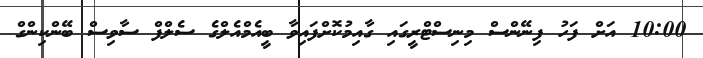
10:00 އަށް ފަހު ފިނޭންސް މިނިސްޓްރީގައި ގާއިމުކޮށްފައިވާ ބީއެމްއެލްގެ ސެލްފް ސާވިސް ބޭންކިންގް